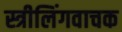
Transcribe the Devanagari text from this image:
स्त्रीलिंगवाचक